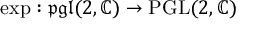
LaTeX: \exp : { \mathfrak { p g l } } ( 2 , \mathbb { C } ) \to { \mathrm { P G L } } ( 2 , \mathbb { C } )